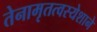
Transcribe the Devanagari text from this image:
तेनामृतत्वस्येशाने